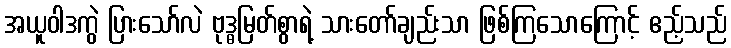
အယူဝါဒကွဲ ပြားသော်လဲ ဗုဒ္ဓမြတ်စွာရဲ့ သားတော်ချည်းသာ ဖြစ်ကြသောကြောင့် ဧည့်သည်